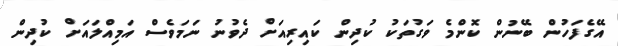
އޭގެފަހުން ބޭނުން ކޮންމެ ވަގުތަކު ކުދިން ކައިރިއަށް ދެވުނު ނަމަވެސް އަމިއްލައަށް ކުދިން